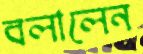
বলালেন